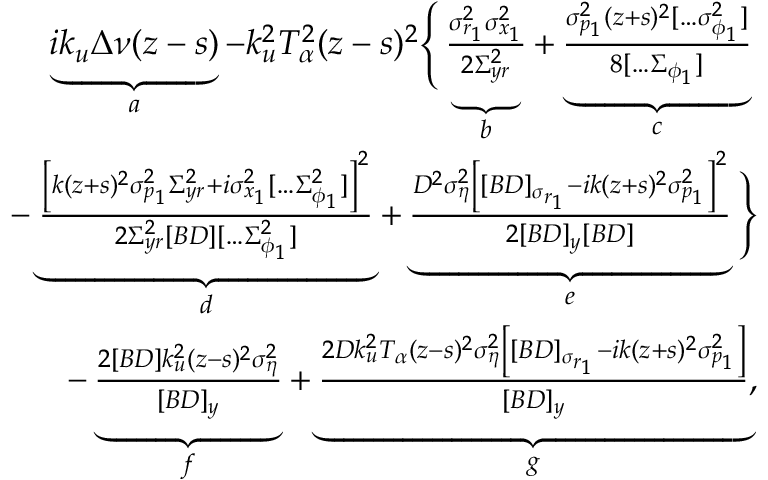
\begin{array} { r l r } & { } & { \underbrace { i k _ { u } \Delta \nu ( z - s ) } _ { a } - k _ { u } ^ { 2 } T _ { \alpha } ^ { 2 } ( z - s ) ^ { 2 } \Bigg \{ \underbrace { \frac { \sigma _ { r _ { 1 } } ^ { 2 } \sigma _ { x _ { 1 } } ^ { 2 } } { 2 \Sigma _ { y r } ^ { 2 } } } _ { b } + \underbrace { \frac { \sigma _ { p _ { 1 } } ^ { 2 } ( z + s ) ^ { 2 } [ \hdots \sigma _ { \phi _ { 1 } } ^ { 2 } ] } { 8 [ \hdots \Sigma _ { \phi _ { 1 } } ] } } _ { c } \Bigg . } \\ & { } & { \qquad \Bigg . - \underbrace { \frac { \left[ k ( z + s ) ^ { 2 } \sigma _ { p _ { 1 } } ^ { 2 } \Sigma _ { y r } ^ { 2 } + i \sigma _ { x _ { 1 } } ^ { 2 } [ \hdots \Sigma _ { \phi _ { 1 } } ^ { 2 } ] \right] ^ { 2 } } { 2 \Sigma _ { y r } ^ { 2 } [ B D ] [ \hdots \Sigma _ { \phi _ { 1 } } ^ { 2 } ] } } _ { d } + \underbrace { \frac { D ^ { 2 } \sigma _ { \eta } ^ { 2 } \left[ [ B D ] _ { \sigma _ { r _ { 1 } } } - i k ( z + s ) ^ { 2 } \sigma _ { p _ { 1 } } ^ { 2 } \right] ^ { 2 } } { 2 [ B D ] _ { y } [ B D ] } } _ { e } \Bigg \} } \\ & { } & { \qquad - \underbrace { \frac { 2 [ B D ] k _ { u } ^ { 2 } ( z - s ) ^ { 2 } \sigma _ { \eta } ^ { 2 } } { [ B D ] _ { y } } } _ { f } + \underbrace { \frac { 2 D k _ { u } ^ { 2 } T _ { \alpha } ( z - s ) ^ { 2 } \sigma _ { \eta } ^ { 2 } \left[ [ B D ] _ { \sigma _ { r _ { 1 } } } - i k ( z + s ) ^ { 2 } \sigma _ { p _ { 1 } } ^ { 2 } \right] } { [ B D ] _ { y } } } _ { g } , } \end{array}